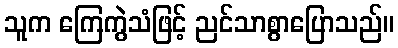
သူက ကြေကွဲသံဖြင့် ညင်သာစွာပြောသည်။